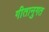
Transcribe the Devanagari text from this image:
गीतानुगत